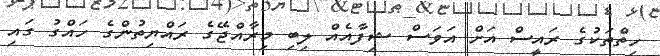
ހިތްތަކުގެ ރައީސް އަށް އަވަސް ޝިފާއެއް ލިބި މިރާއްޖޭގެ ރައްޔިތުންގެ ހައްގު ގައި